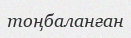
тоңбаланған